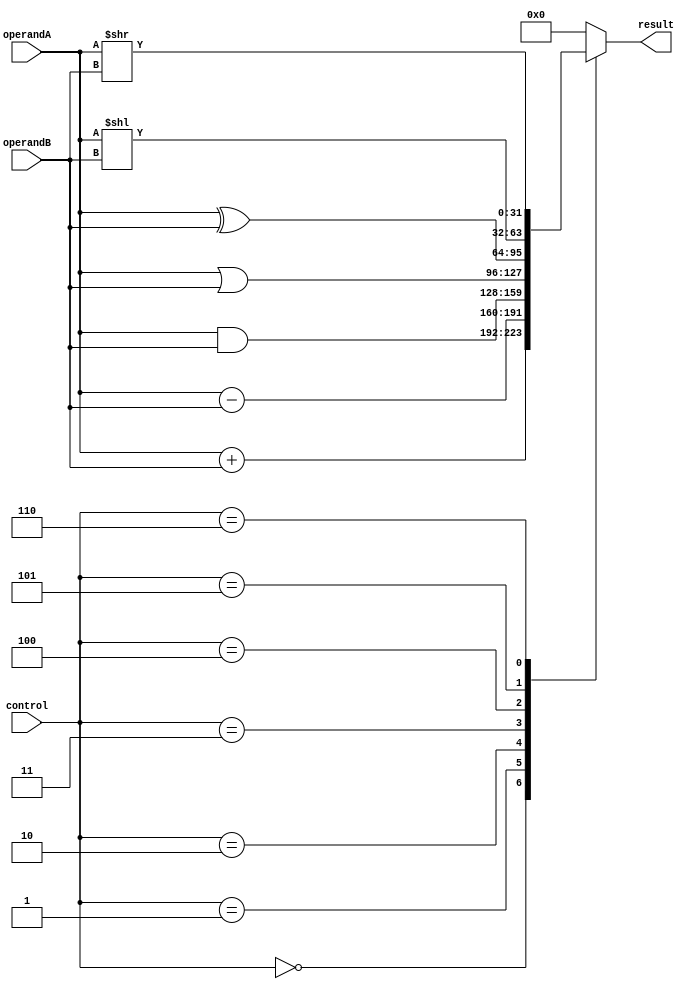
module ALU (
    input [31:0] operandA,
    input [31:0] operandB,
    input [2:0] control,
    output reg [31:0] result
);

always @(*) begin
    case(control)
        3'b000: result = operandA + operandB; // Addition
        3'b001: result = operandA - operandB; // Subtraction
        3'b010: result = operandA & operandB; // Bitwise AND
        3'b011: result = operandA | operandB; // Bitwise OR
        3'b100: result = operandA ^ operandB; // Bitwise XOR
        3'b101: result = operandA << operandB; // Shift left
        3'b110: result = operandA >> operandB; // Shift right
        default: result = 32'h00000000;
    endcase
end

endmodule